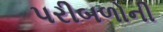
પરીબળોની